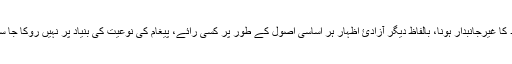
مواد کا غیرجانبدار ہونا، بالفاظ دیگر آزادئ اظہار ہر اساسی اصول کے طور پر کسی رائے، پیغام کی نوعیت کی بنیاد پر نہیں روکا جا سکتا۔